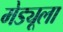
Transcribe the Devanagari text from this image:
मेड्यूला